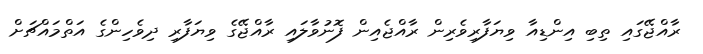
ރާއްޖޭގައި ތިބި އިންޑިއާ ވިޔަފާރިވެރިން ރާއްޖެއިން ފޮނުވާލައި ރާއްޖޭގެ ވިޔަފާރި ދިވެހިންގެ އަތްމައްޗަށް